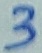
Text: 3